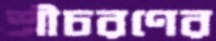
শ্রীচরণের